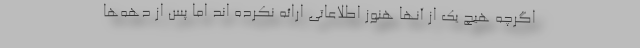
اگرچه هیچ یک از آنها هنوز اطلاعاتی ارائه نکرده اند اما پس از دهه‌ها